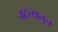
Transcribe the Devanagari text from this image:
बाटल्यातून